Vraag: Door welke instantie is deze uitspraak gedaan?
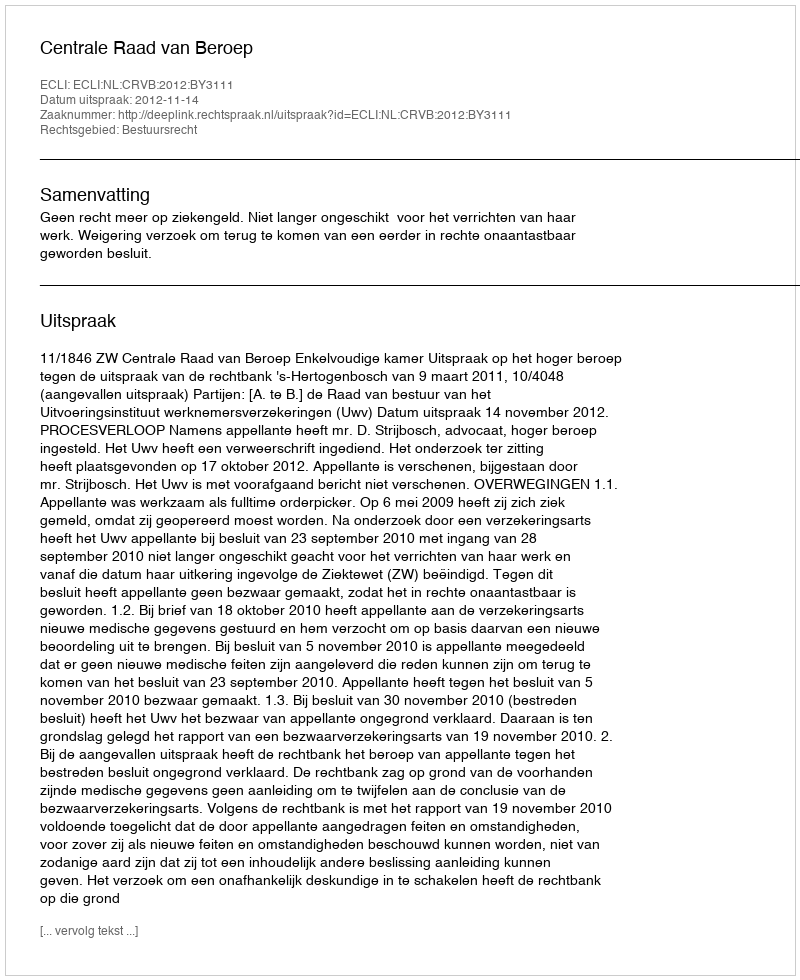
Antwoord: Centrale Raad van Beroep